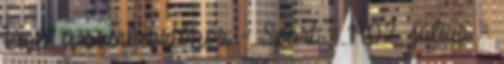
Levél a szerkesztőhöz - Sport - 1902. július -